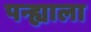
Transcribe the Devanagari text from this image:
पन्ह्याला